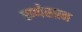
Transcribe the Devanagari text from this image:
राणेखान